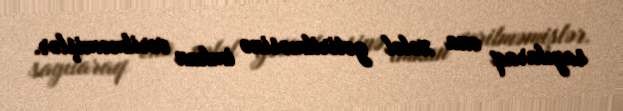
sayılaraq ona xələl gətirilməsinə imkan verilməmişlər.